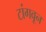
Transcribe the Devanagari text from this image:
टांगवून